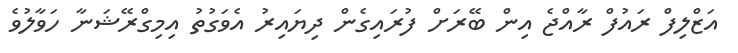
އަޒްލިފް ރައުފް ރާއްޖެ އިން ބޭރަށް ފުރައިގެން ދިޔައިރު އެވަގުތު އިމިގްރޭޝަނާ ހަވާލުވެ